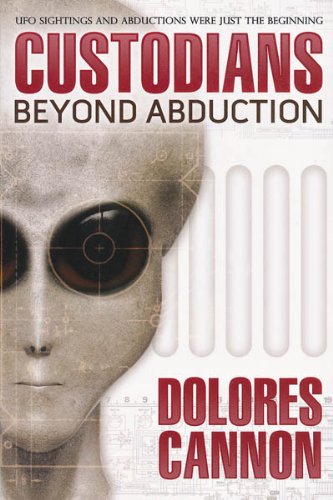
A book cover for The Custodians: Beyond Abduction; Dolores Cannon; Science & Math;